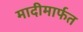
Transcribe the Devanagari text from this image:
मादीमार्फत